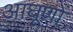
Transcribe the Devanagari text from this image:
आघूणों